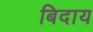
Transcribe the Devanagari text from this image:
बिदाय